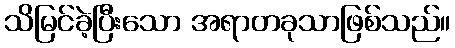
သိမြင်ခဲ့ပြီးသော အရာတခုသာဖြစ်သည်။